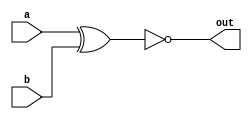
// Verilog code for XNOR Gate
module xnorGate (a, b, out);

input a, b;
output out;
assign out = ~(a ^ b);

endmodule